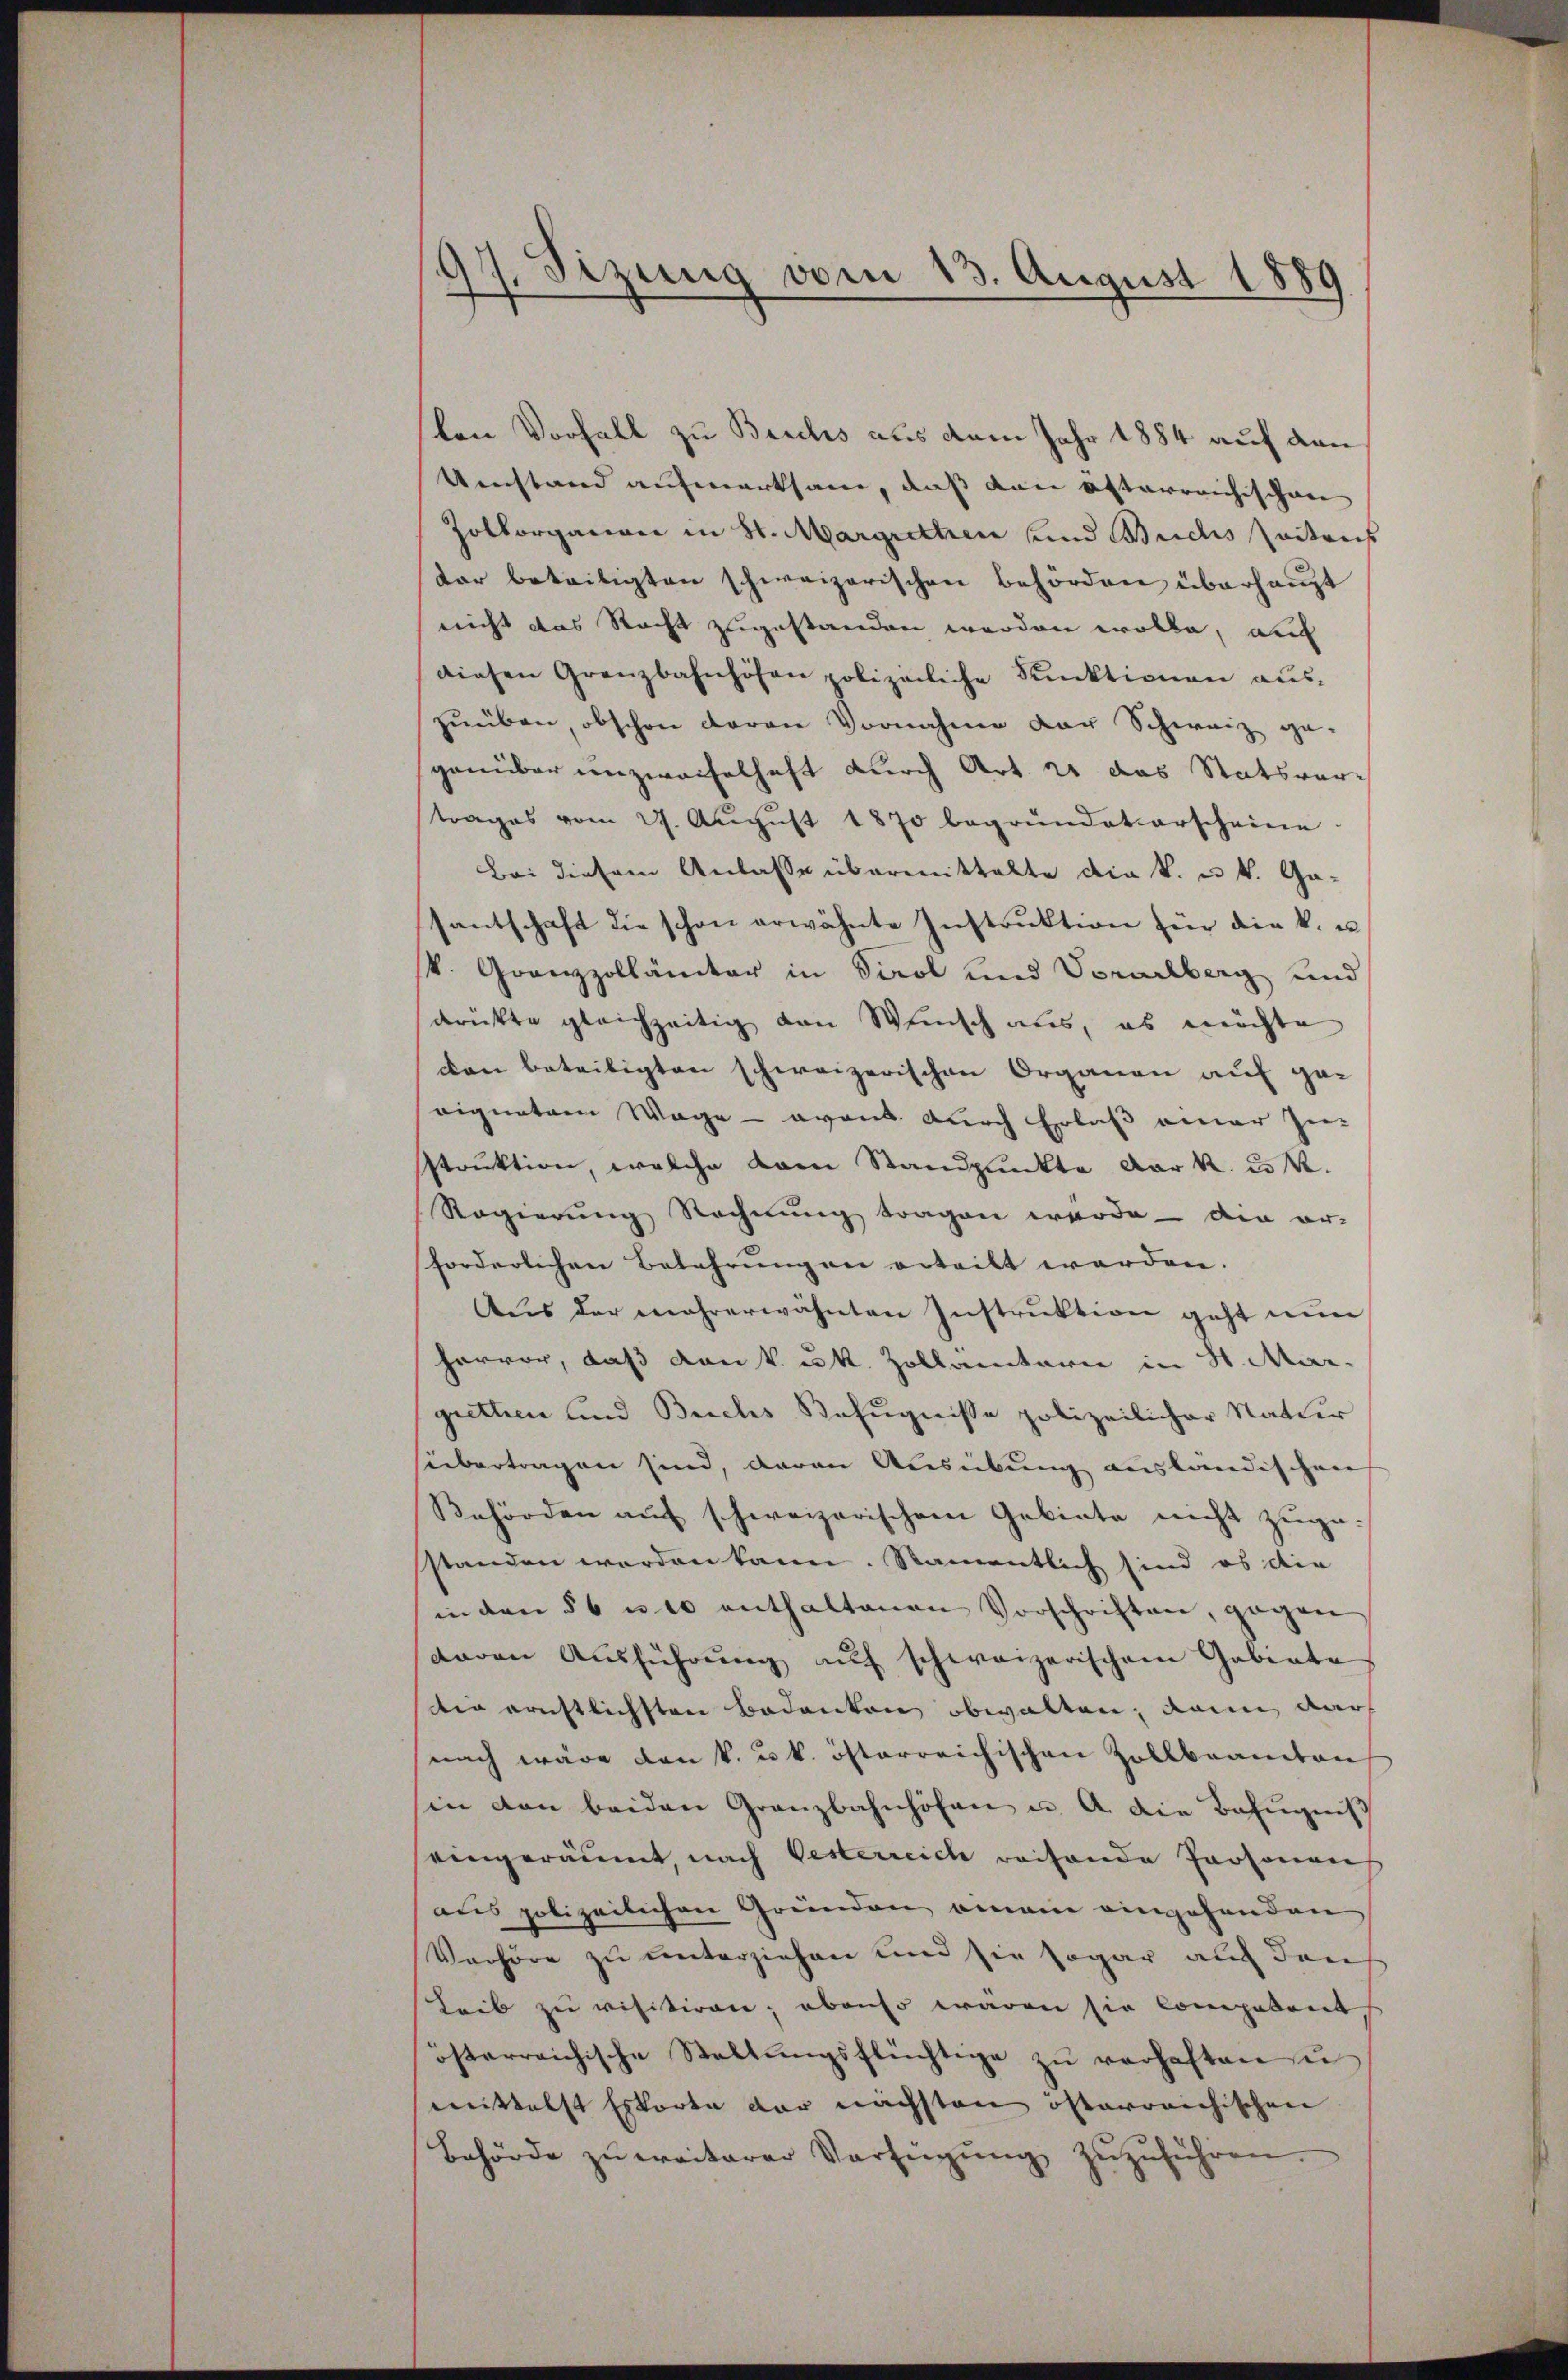
17. Sizung vom 13. August 1889

ken Vorfall zu Buchs aus dem Jahr 1884 auf den
Umstand aufmerksam, daß dann ästerreichischen
Zollorganen in St. Margrethen und Buchs Zeitens
dar beteiligten schweizerischen Behörden überhaupt
nicht das Recht zugestanden werden wolle, auc
diesen Grenzbahnhöfen polizeiliche Funktionen aŭs-
zuüben, obschon daran Vornahme der Schweiz ge-
genüber unzweifelhaft durch Art. 21 das Statsver-
trages vom 27. August 1870 begründet erscheine
Bei diesem Anlasse übermittelte die k. u. k. Gasantschaft die schon erwähnte Instrŭktion für die k. u.
k. Grenzzollämter in Tirol und Vorarlberg und
drükte gleichzeitig von Wunsch aus, es möchte
den beteiligten schweizerischen Organen auf geeignetem Wage - avant durch Erlaß einer Zu-
struktion, welche vom Standpunkte dark. 25 R.
Regierŭng Rechnŭng tragen werde - die or-
forderlichen Belehrungen erteilt werden.
Aus der mehrerwähnten Instruktion geht nun
hervor, daß von k. k. Zollantarie in St. Mar
grethen und Buchs Befugnisse polizeilicher Natur
sübertragen sind, daran Ausübung ausländischen
Behörden auf schweizerischem Gebiete nicht zugestanden werden kann. Namentlich sind es die
in den § 6 u. 10 enthaltenen Vorschriften, gegen
davon Ausführŭng auf schweizerischem Gebiete
ir ernstlichsten Bedanken obwalten, kann dar
nach wäre den k. u. k. österreichischen Zollbeamten
in den beiden Granzbahnhöfen u. A. die Bezŭgniβ
eingeräumt, nach Oesterreich weisende Personen
aus polizeilichen Gründen amen eingehanden
Verhöre zu unterziehen und sie sogar auch dans
Leib zu visitiren; ebenso waren sie competent
österreichische Stallŭngsflüchtige zŭ verhaften ŭ
mittelst Eskorte der nächsten österreichischen
Behörde zŭ weiterer Verfügŭng zŭzŭführen.